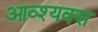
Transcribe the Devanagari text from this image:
आव्श्यक्स